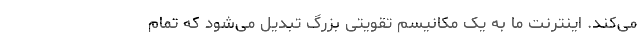
می‌کند. اینترنتِ ما به یک مکانیسم تقویتی بزرگ تبدیل می‌شود که تمام